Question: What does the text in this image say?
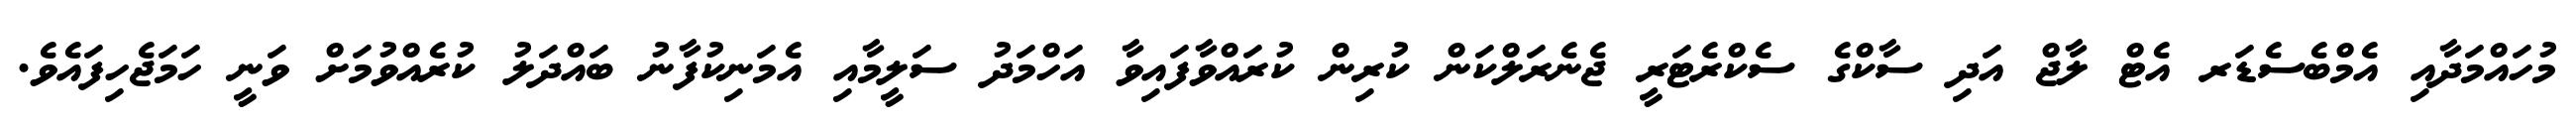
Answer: މުހައްމަދާއި އެމްބެސެޑަރ އެޓް ލާޖް އަދި ސާކްގެ ސެކްރެޓަރީ ޖެނެރަލްކަން ކުރިން ކުރައްވާފައިވާ އަހްމަދު ސަލީމާއި އެމަނިކުފާނު ބައްދަލު ކުރެއްވުމަށް ވަނީ ހަމަޖެހިފައެވެ.